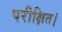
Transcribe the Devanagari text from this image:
परीक्षित।